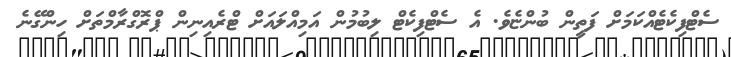
ސެޓްފިކެޓެއްކަމަށް ފަތީން ބުންޏެވެ. އެ ސެޓްފިކެޓް ލިބުމުން އަމިއްލައަށް ޓްރެއިނިން ޕްރޮގްރާމްތަށް ހިންގޭނެ